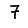
Digit: 7